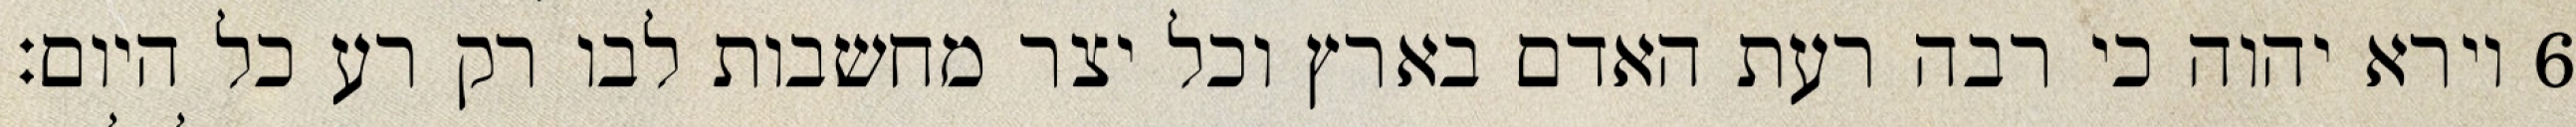
וירא יהוה כי רבה רעת האדם בארץ וכל יצר מחשבות לבו רק רע כל היום׃ ‎6‏